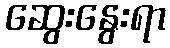
ဆွေးနွေးရာ